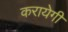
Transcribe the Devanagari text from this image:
करायेगी